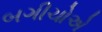
બગીચોએ